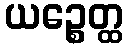
ယဉ္စေတ္ထ